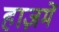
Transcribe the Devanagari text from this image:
हाज़में